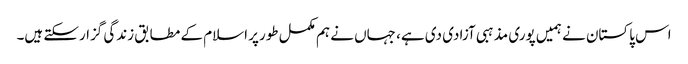
اس پاکستان نے ہمیں پوری مذہبی آزادی دی ہے، جہاں نے ہم مکمل طورپر اسلام کے مطابق زندگی گزارسکتے ہیں۔